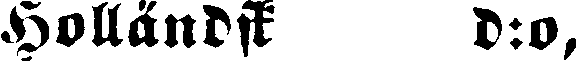
Holländsk d:o,